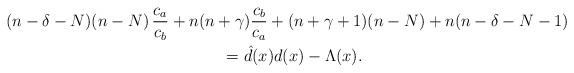
LaTeX: \begin{gather*}(n-\delta-N) (n-N)\,\frac{c_a}{ c_b} + n (n+\gamma) \frac{c_b}{ c_a} + (n+\gamma+1)(n-N)+n(n-\delta-N-1)\\\qquad{} = {\hat{d}}(x) d(x)- \Lambda ( x).\end{gather*}